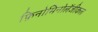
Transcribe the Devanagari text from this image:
फ़िनोमिनोलॅजीकल